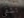
تشفى